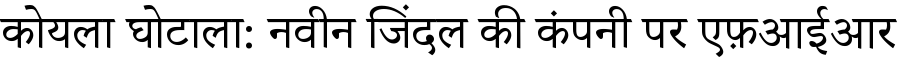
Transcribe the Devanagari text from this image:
कोयला घोटाला: नवीन जिंदल की कंपनी पर एफ़आईआर